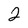
Character: 2